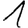
Digit: 1